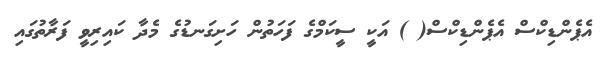
އެޕެންޑިކްސް އެޕެންޑިކްސް( ) އަކީ ސީކަމްގެ ފަހަތުން ހަށިގަނޑުގެ މެދާ ކައިރިވީ ފަރާތުގައި